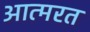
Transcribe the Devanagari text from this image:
आत्मरत